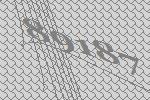
89187